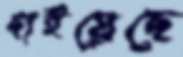
ছাইয়েছে